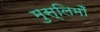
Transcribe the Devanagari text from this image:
मुस्लिमोँ